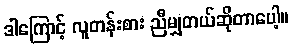
ဒါကြောင့် လူတန်းစား ညီမျှတယ်ဆိုတာပေါ့။